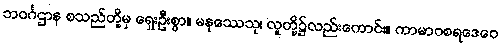
ဘဝင်္ဂဌာန စသည်တို့မှ ရှေးဦးစွာ။ မနုဿေသု၊ လူတို့၌လည်းကောင်း။ ကာမာဝစရဒေဝေ